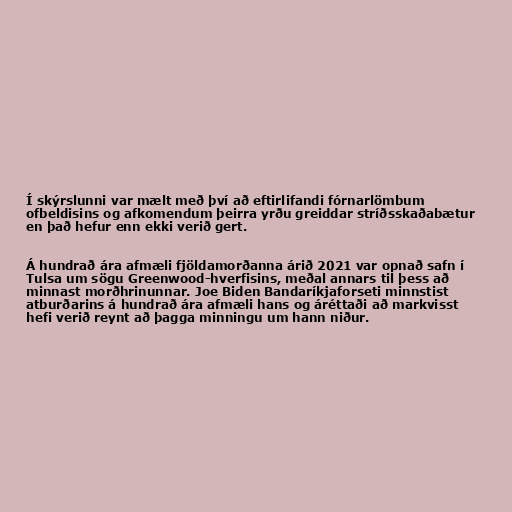
Í skýrslunni var mælt með því að eftirlifandi fórnarlömbum
ofbeldisins og afkomendum þeirra yrðu greiddar stríðsskaðabætur
en það hefur enn ekki verið gert.

Á hundrað ára afmæli fjöldamorðanna árið 2021 var opnað safn í
Tulsa um sögu Greenwood-hverfisins, meðal annars til þess að
minnast morðhrinunnar. Joe Biden Bandaríkjaforseti minnstist
atburðarins á hundrað ára afmæli hans og áréttaði að markvisst
hefi verið reynt að þagga minningu um hann niður.